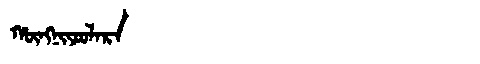
Manchu: ᡥᡡᠩᠨᡳᠶᠣᠣᠯᠠᡵᠠ
Romanization: HŪNGNIYOOLARA